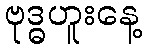
ဗုဒ္ဓဟူးနေ့